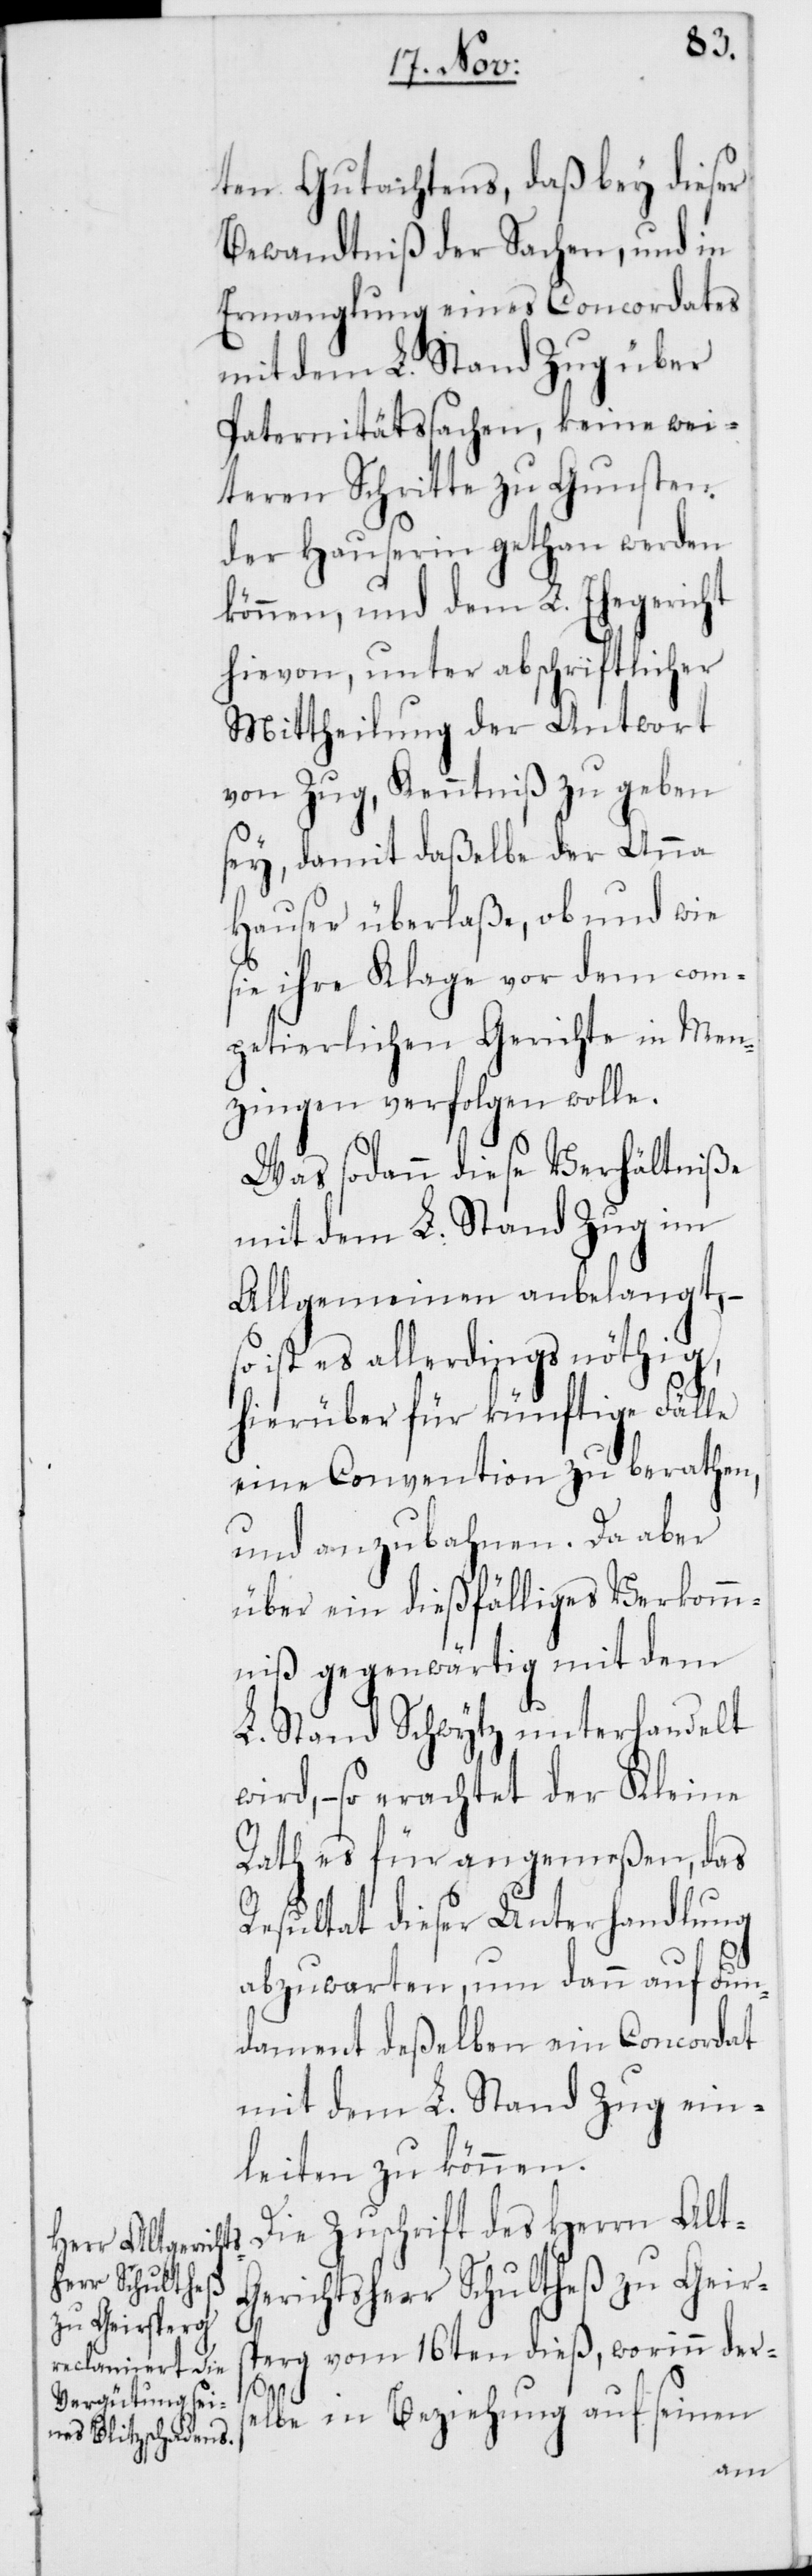
ten Gutachtens, daß bey dieser
Bewandtniß der Sachen, und in
Ermanglung eines Concordates
mit dem L. Stand Zug über
Paternitätssachen, keine wei¬
teren Schritte zu Gunsten
der Hauserin gethan werden
können, und dem L. Ehegericht
hievon, unter abschriftlicher
Mittheilung der Antwort
von Zug, Kenntniß zu geben
sey, damit daßelbe der Anna
Hauser überlaße, ob und wie
sie ihre Klage vor dem com¬
petierlichen Gerichte in Men¬
zingen verfolgen wolle.
Was sodann diese Verhältniße
mit dem L. Stand Zug im
Allgemeinen anbelangt, –
so ist es allerdings nöthig,
hierüber für künftige Fälle
eine Convention zu berathen
und anzubahnen. Da aber
über ein dießfälliges Verkomm¬
niß gegenwärtig mit dem
L. Stand Schwytz unterhandelt
wird, – so erachtet der Kleine
Rath es für angemeßen, das
Resultat dieser Unterhandlung
abzuwarten, um dann auf Fun¬
dament deßelben ein Concordat
mit dem L. Stand Zug ein¬
leiten zu können.
Die Zuschrift des Herrn Alt-G¬
erichtsherr Schultheß zu Geirs¬
perg vom 16ten dieß, worinn der¬
s¬
elbe in Beziehung auf seinen